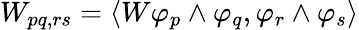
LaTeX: W_{pq,rs}=\langle W\varphi_{p}\wedge\varphi_{q},\varphi_{r}\wedge\varphi_{s}\rangle